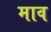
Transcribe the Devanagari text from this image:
माव